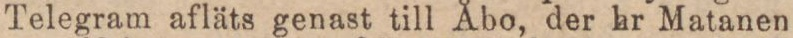
Telegram afläts genast till Åbo, der hr Matanen